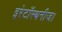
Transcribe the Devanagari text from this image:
इरेटॉस्थनीज।